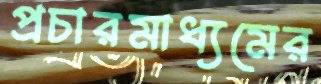
প্রচারমাধ্যমের